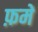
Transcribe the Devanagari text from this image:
फ़में